Civil Veterinary Dept. Bombay admin report 1914-1922 - 1914-1922
Year: 1914
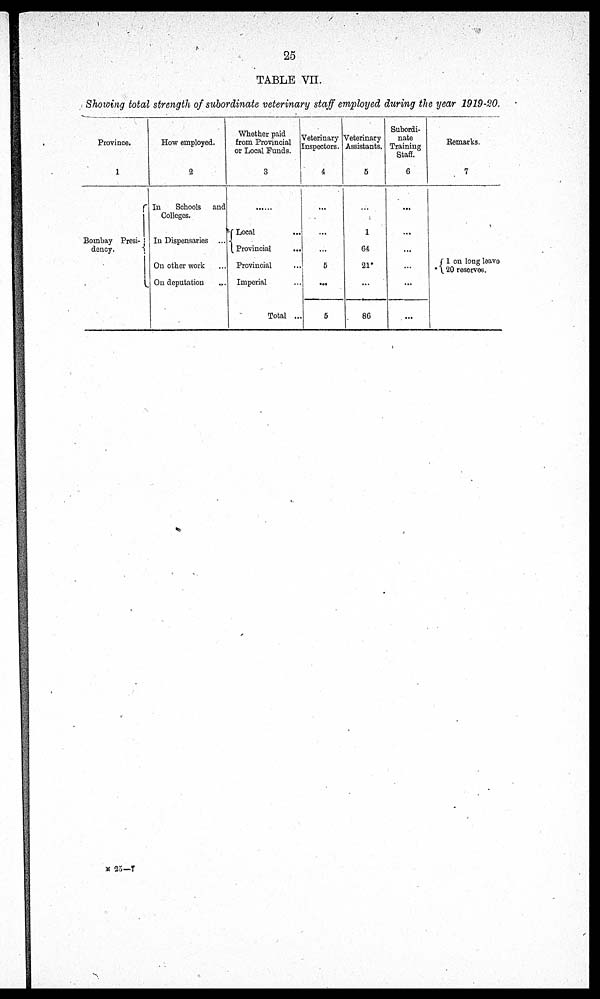
25
TABLE VII.
Showing total strength of subordinate veterinary staff employed during the year 1919-20.
Province.
1
Bombay Presi-
dency.
How employed.
2
In
Schools and
Colleges.
In Dispensaries ...
On other work ...
On deputation ...
Whether paid
from Provincial
or Local Funds.
3
Local ...
Provincial ...
Provincial ...
Imperial ...
Total ...
Veterinary
Inspectors.
4
...
...
5
...
5
Veterinary
Assistants.
5
1
64
21*
...
86
Subordi-
nate
Training
Staff.
6
...
...
...
...
...
Remarks.
7
1 on long leave
20 reserves.
M 25—T